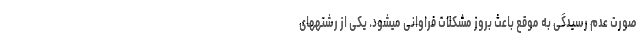
صورت عدم رسیدگی به موقع باعث بروز مشکلات فراوانی میشود. یکی از رشتههای